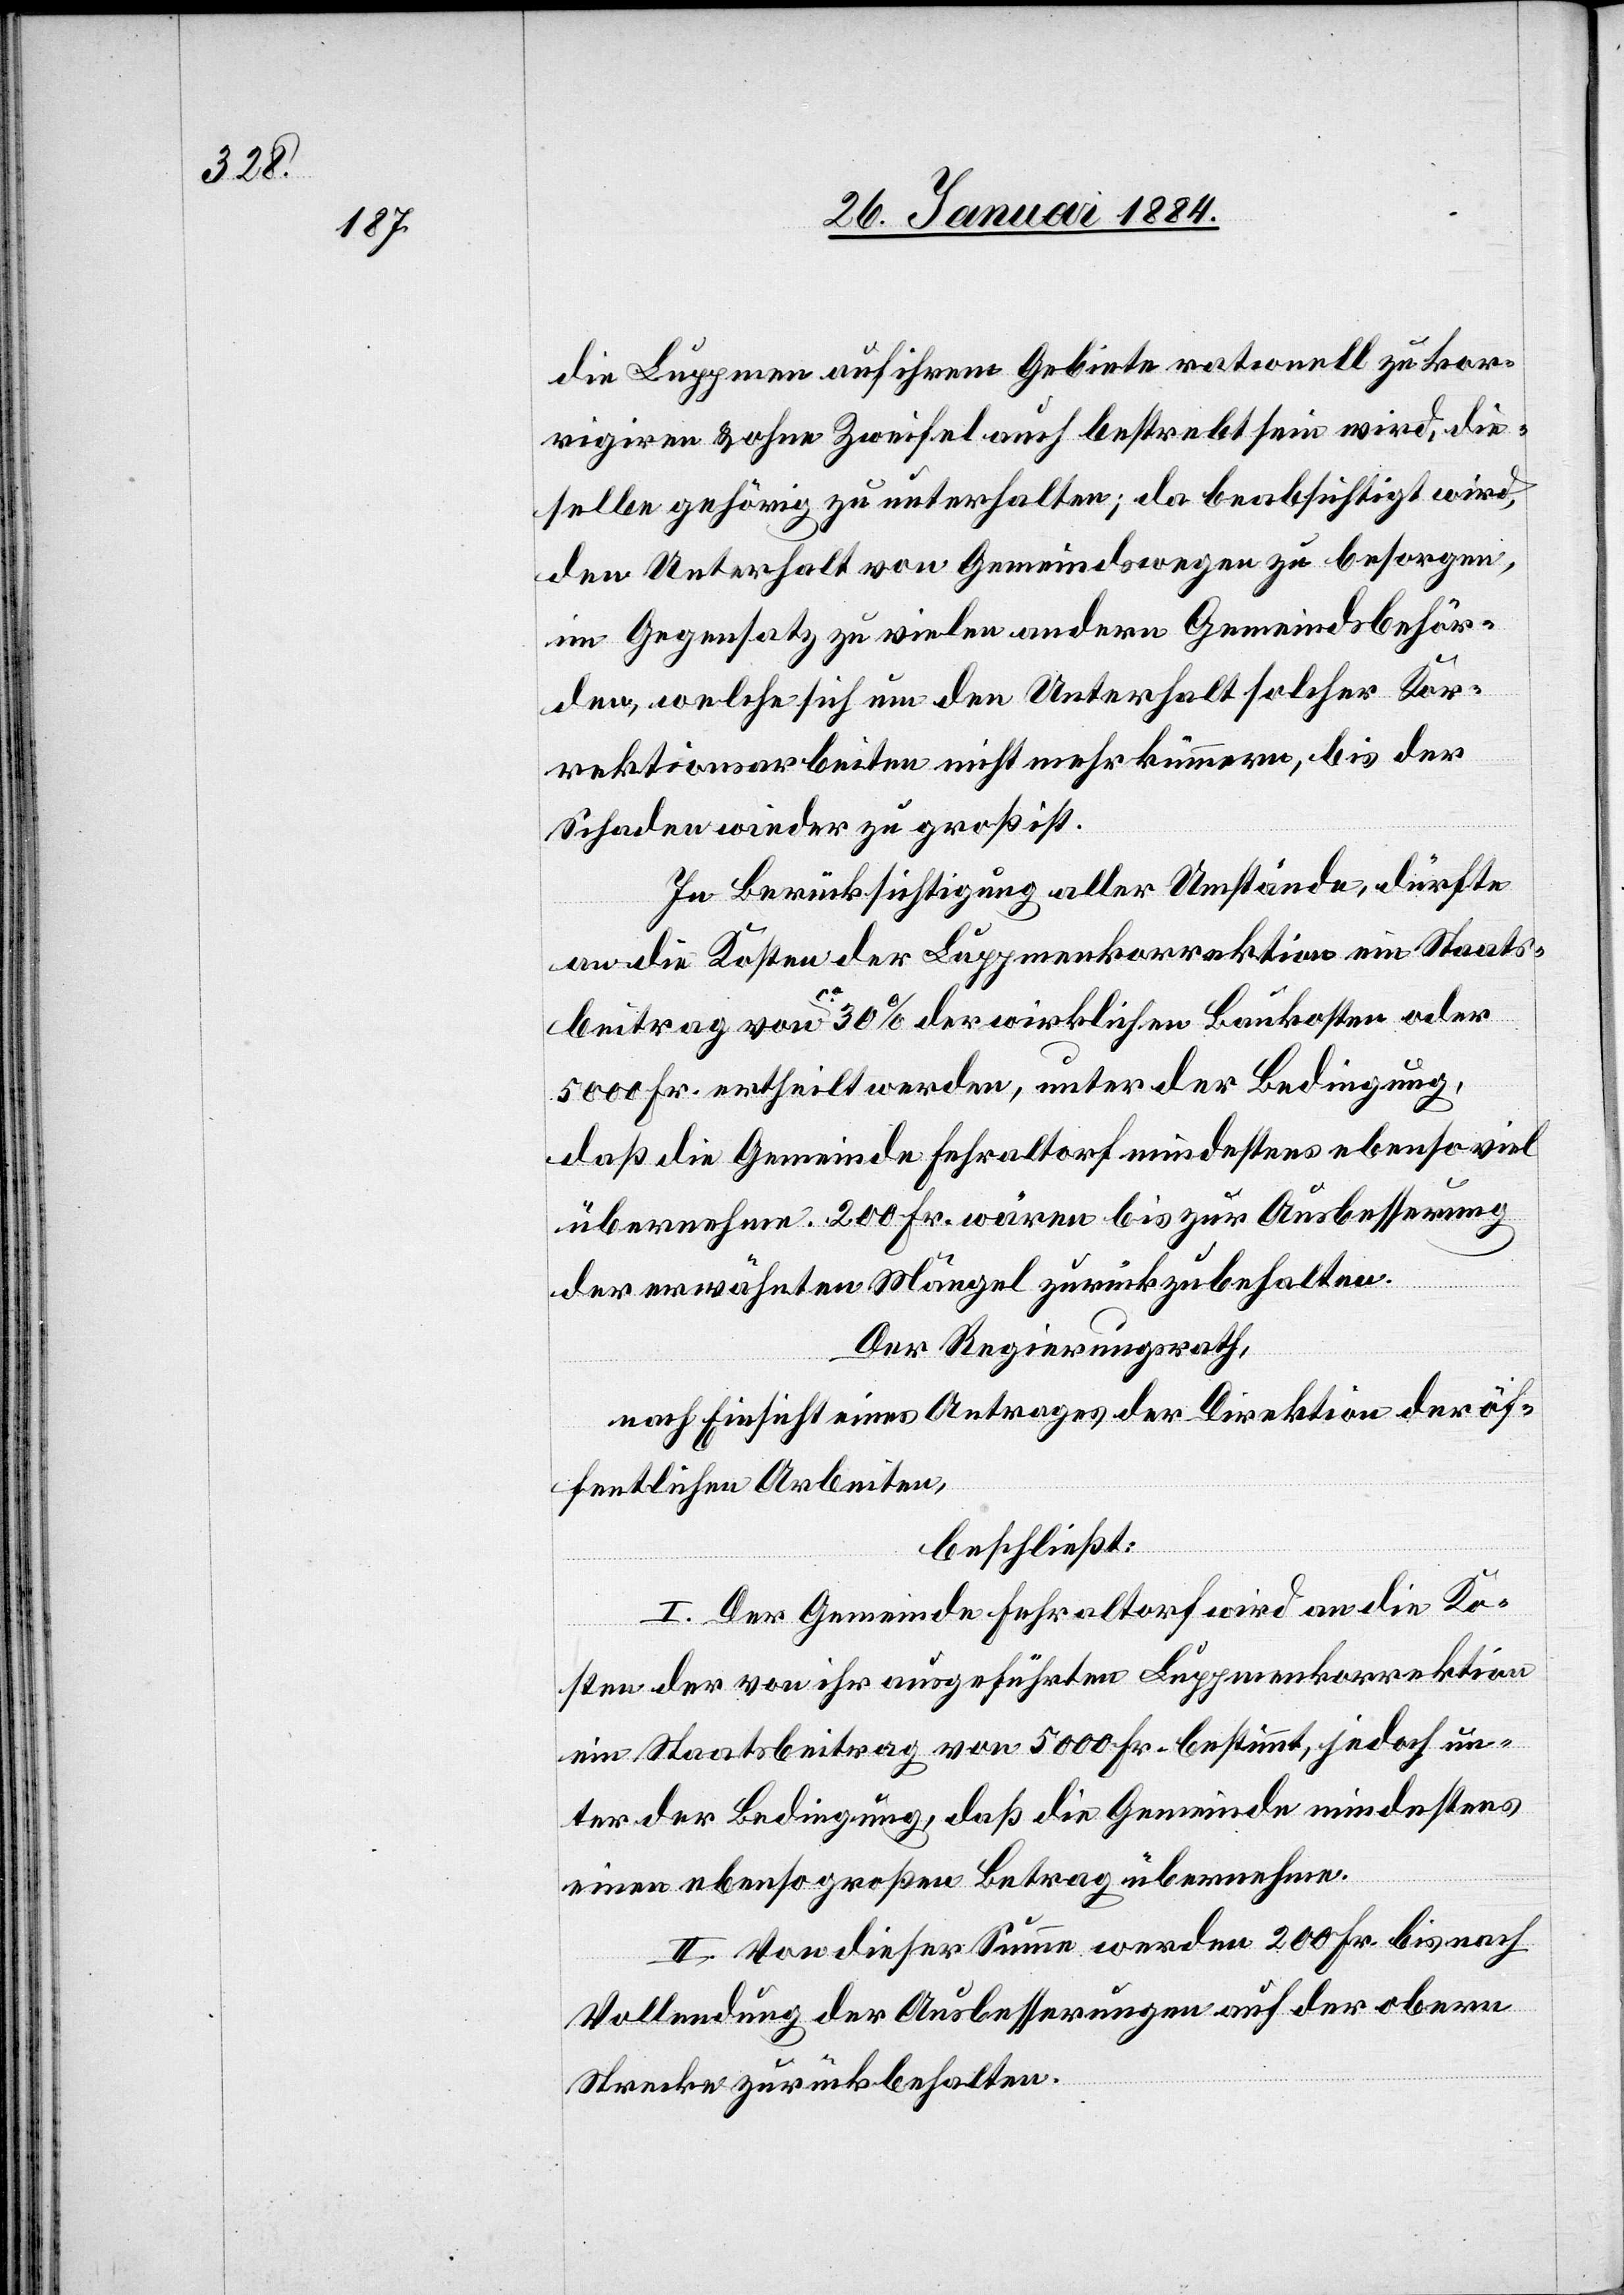
die Luppmen auf ihrem Gebiete rationell zu kor¬
rigiren & ohne Zweifel auch bestrebt sein wird, die¬
selbe gehörig zu unterhalten; da beabsichtigt wird,
den Unterhalt von Gemeindswegen zu besorgen,
im Gegensatz zu vielen andern Gemeindsbehör¬
den, welche sich um den Unterhalt solcher Kor¬
rektionsarbeiten nicht mehr kümmern, bis der
Schaden wieder zu groß ist.
In Berücksichtigung aller Umstände, dürfte
an die Kosten der Luppmenkorrektion ein Staats¬
beitrag von ca 30% der wirklichen Baukosten oder
5000 Fr. ertheilt werden, unter der Bedingung,
daß die Gemeinde Fehraltorf mindestens ebenso viel
übernehme. 200 Fr. wären bis zur Ausbesserung
der erwähnten Mängel zurückzubehalten.
Der Regierungsrath,
nach Einsicht eines Antrages der Direktion der öf¬
fentlichen Arbeiten,
beschließt:
I. Der Gemeinde Fehraltorf wird an die Ko¬
sten der von ihr ausgeführten Luppmenkorrektion
ein Staatsbeitrag von 5000 Fr. bestimmt, jedoch un¬
ter der Bedingung, daß die Gemeinde mindestens
einen ebenso großen Betrag übernehme.
II. Von dieser Summe werden 200 Fr. bis nach
Vollendung der Ausbesserungen auf der oberen
Strecke zurückbehalten.